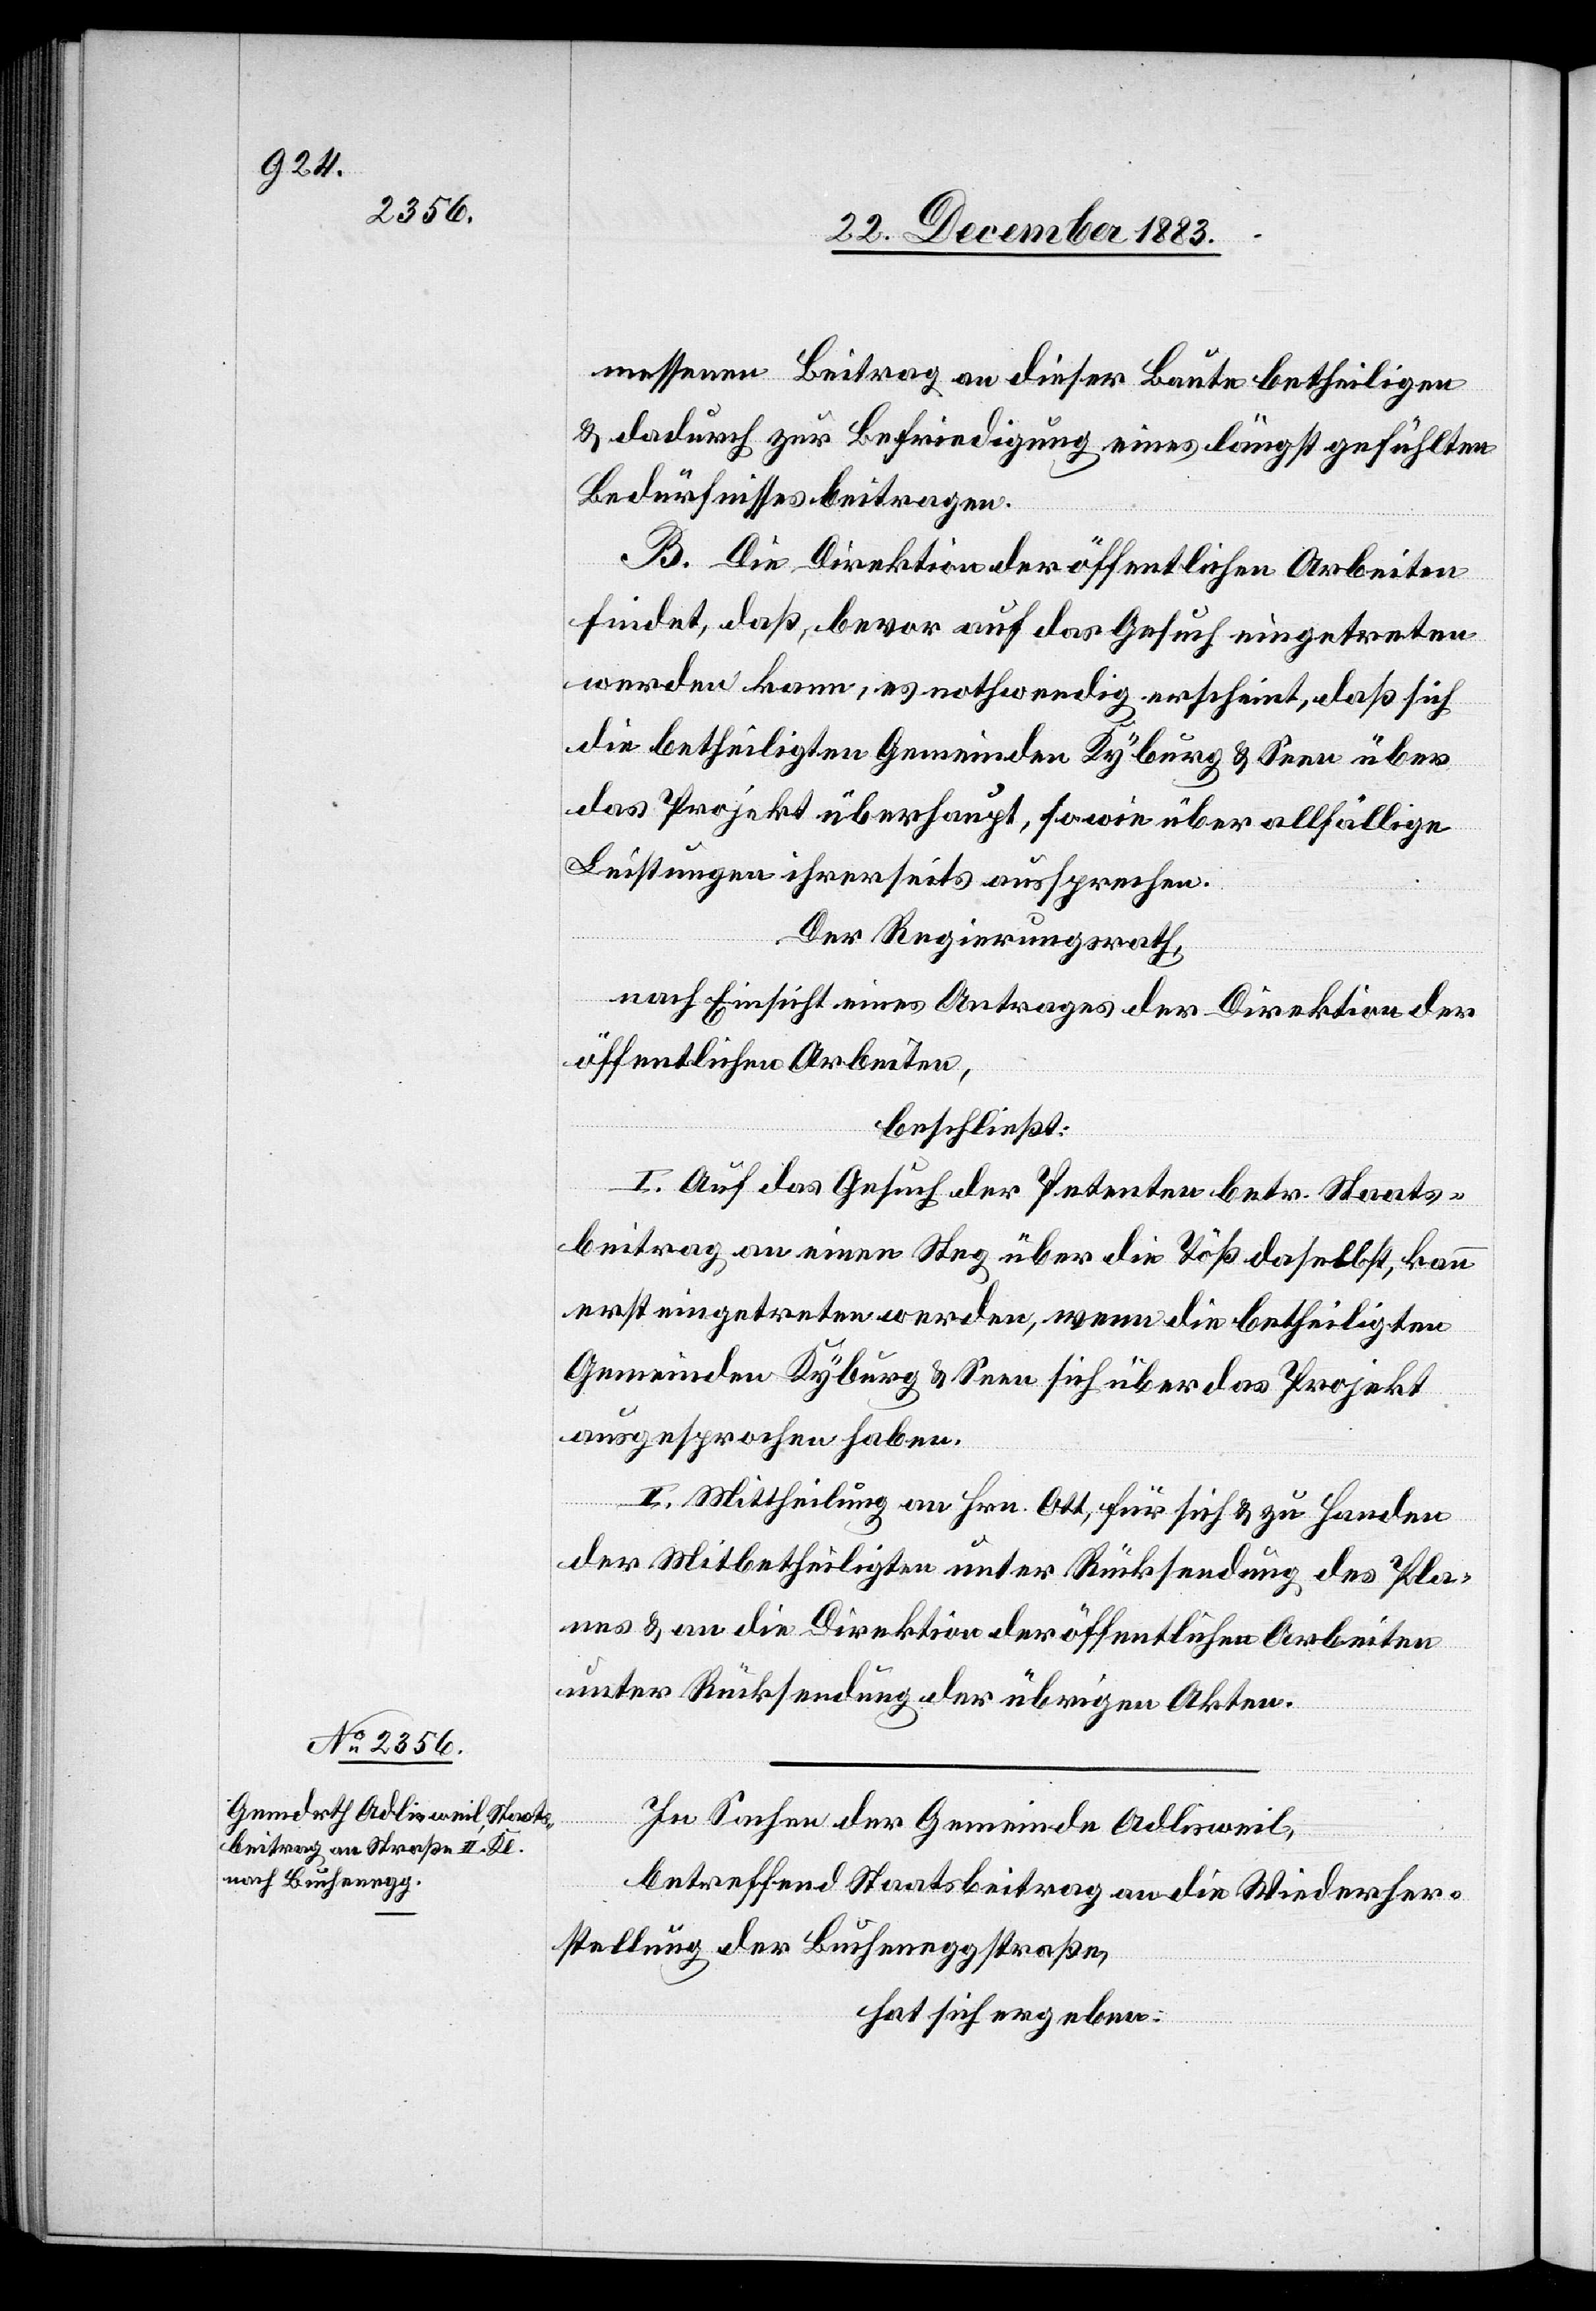
messenen Beitrag an dieser Baute betheiligen
& dadurch zur Befriedung eines längst gefühlten
Bedürfnisses beitragen.
B. Die Direktion der öffentlichen Arbeiten
findet, daß, bevor auf das Gesuch eingetreten
werden kann, es nothwendig erscheint, daß sich
die betheiligten Gemeinden Kyburg & Seen über
das Projekt überhaupt, sowie über allfällige
Leistungen ihrerseits aussprechen.
Der Regierungsrath,
nach Einsicht eines Antrages der Direktion der
öffentlichen Arbeiten,
beschließt:
I. Auf das Gesuch der Petenten betr. Staats¬
beitrag an einen Steg über die Töß daselbst, kann
erst eingetreten werden, wenn die betheiligten
Gemeinden Kyburg & Seen sich über das Projekt
ausgesprochen haben.
II. Mittheilung an Hrn. Ott, für sich & zu Handen
der Mitbetheiligten unter Rücksendung des Pla¬
nes & an die Direktion der öffentlichen Arbeiten
unter Rücksendung der übrigen Akten.
In Sachen der Gemeinde Adlisweil,
betreffend Staatsbeitrag an die Wiederher¬
stellung der Bucheneggstraße,
hat sich ergeben: